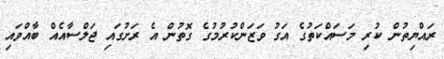
ރައްޔިތުން ކުރި މަސައްކަތުގެ އަގު ވަޒަންކުރުމުގެ ގޮތުން އެ ރަށުގައި ޖަލްސާއެއް ބާއްވައި